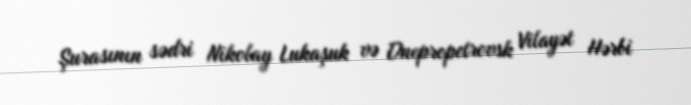
Şurasının sədri Nikolay Lukaşuk və Dnepropetrovsk Vilayət Hərbi